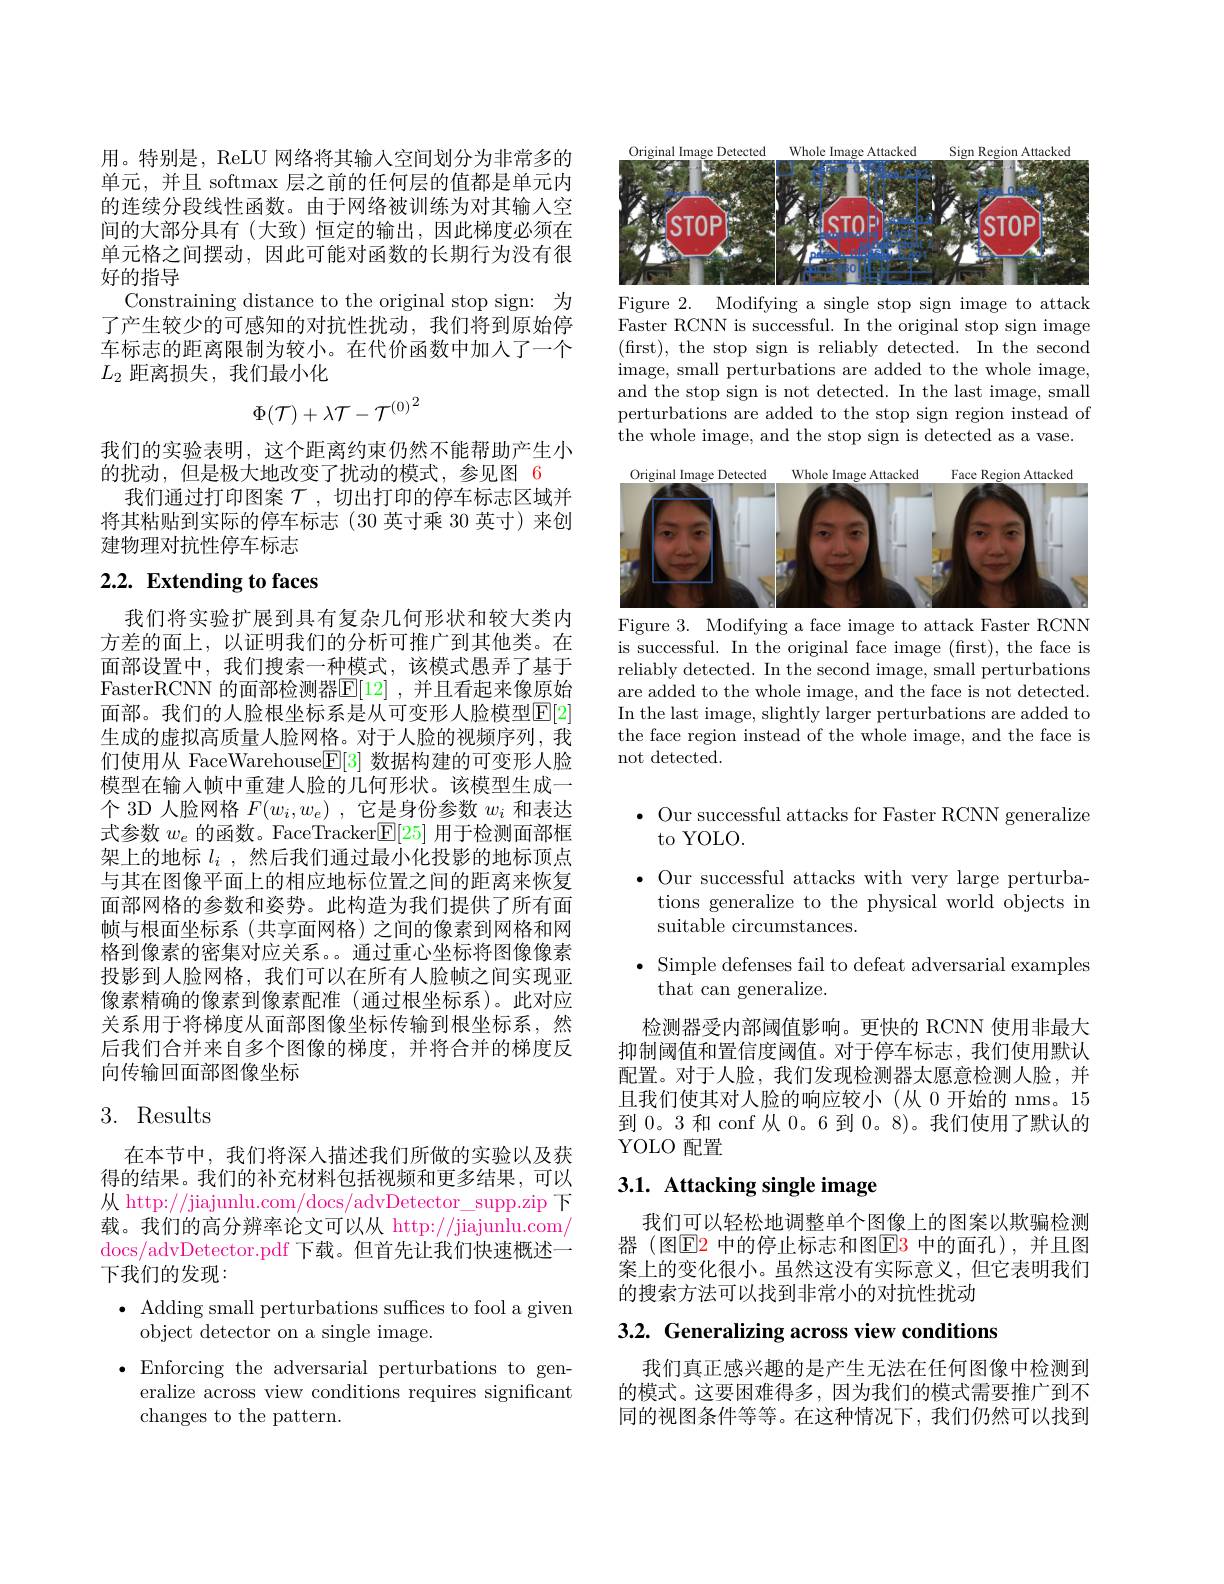
用。特别是，ReLU 网络将其输入空间划分为非常多的单元，并且 softmax 层之前的任何层的值都是单元内的连续分段线性函数。由于网络被训练为对其输入空间的大部分具有(大致)恒定的输出，因此梯度必须在单元格之间摆动，因此可能对函数的长期行为没有很好的指导
Constraining distance to the original stop sign: 为了产生较少的可感知的对抗性扰动，我们将到原始停车标志的距离限制为较小。在代价函数中加人了一个$L_2$距离损失，我们最小化
$$\Phi(\mathcal{T})+\lambda\mathcal{T}-\mathcal{T}^{(0)^2}$$
我们的实验表明，这个距离约束仍然不能帮助产生小
的扰动，但是极大地改变了扰动的模式，参见图 6
我们通过打印图案$\mathcal{T}$ ,切出打印的停车标志区域并将其粘贴到实际的停车标志(30 英寸乘 30 英寸)来创建物理对抗性停车标志

# 2.2. Extending to faces

我们将实验扩展到具有复杂几何形状和较大类内方差的面上，以证明我们的分析可推广到其他类。在面部设置中，我们搜索一种模式，该模式愚弄了基于FasterRCNN 的面部检测器$\mathbb{E}[12]$ ,并且看起来像原始面部。我们的人脸根坐标系是从可变形人脸模型$\mathbb{E}[2]$ 生成的虚拟高质量人脸网格。对于人脸的视频序列，我们使用从 FaceWarehouse$\boxed{\mathrm{F}}[3]$数据构建的可变形人脸模型在输入帧中重建人脸的几何形状。该模型生成一个 3D 人脸网格$F(w_i,w_e)$ ,它是身份参数$w_i$和表达式参数$w_e$的函数。FaceTracker$\mathbb{E}[25]$用于检测面部框架上的地标$l_i$ ,然后我们通过最小化投影的地标顶点与其在图像平面上的相应地标位置之间的距离来恢复面部网格的参数和姿势。此构造为我们提供了所有面帧与根面坐标系(共享面网格)之间的像素到网格和网格到像素的密集对应关系。通过重心坐标将图像像素投影到人脸网格，我们可以在所有人脸帧之间实现亚像素精确的像素到像素配准(通过根坐标系)。此对应关系用于将梯度从面部图像坐标传输到根坐标系，然后我们合并来自多个图像的梯度，并将合并的梯度反向传输回面部图像坐标

# 3. Results

在本节中，我们将深人描述我们所做的实验以及获得的结果。我们的补充材料包括视频和更多结果，可以从 http://jiajunlu.com/docs/advDetector\_supp.zip下载。我们的高分辨率论文可以从 http://jiajunlu.com/ docs/ advDetector. pdf 下载。但首先让我们快速概述一下我们的发现：
$\bullet$ Adding small perturbations suffices to fool a given
object detector on a single image.
$\bullet$Enforcing the adversarial perturbations to gen-
eralize across view conditions requires significant
changes to the pattern.

<FigureHere>
Figure 2. Modifying a single stop sign image to attack

Faster RCNN is successful. In the original stop sign image (frst), the stop sign is reliably detected. In the second image, small perturbations are added to the whole image, and the stop sign is not detected. In the last image, small perturbations are added to the stop sign region instead of the whole image, and the stop sign is detected as a vase.

<FigureHere>
Figure 3. Modifying a face image to attack Faster RCNN

is successful. In the original face image (first), the face is reliably detected. In the second image, small perturbations are added to the whole image, and the face is not detected. In the last image, slightly larger perturbations are added to the face region instead of the whole image, and the face is not detected.

$\bullet$ Our successful attacks for Faster RCNN generalize
to YOLO.
$\bullet$ Our successful attacks with very large perturba-
tions generalize to the physical world objects in
suitable circumstances.
$\bullet$ Simple defenses fail to defeat adversarial examples
that can generalize.
检测器受内部阈值影响。更快的 RCNN 使用非最大抑制阈值和置信度阈值。对于停车标志，我们使用默认配置。对于人脸，我们发现检测器太愿意检测人脸，并且我们使其对人脸的响应较小(从 0 开始的 nms。15到 0。3 和 conf 从 0。6 到0。8)。我们使用了默认的YOLO 配置

# 3.1. Attacking single image

我们可以轻松地调整单个图像上的图案以欺骗检测器 (图$\operatorname{E2}$ 中的停止标志和图$\color{red}{\mathrm{E3}}$ 中的面孔),并且图案上的变化很小。虽然这没有实际意义，但它表明我们的搜索方法可以找到非常小的对抗性扰动

3.2. Generalizing across view conditions

我们真正感兴趣的是产生无法在任何图像中检测到的模式。这要困难得多 , 因为我们的模式需要推广到不同的视图条件等等。在这种情况下，我们仍然可以找到